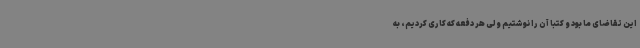
این تقاضای ما بود و کتبا آن را نوشتیم ولی هر دفعه که کاری کردیم، به